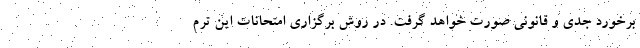
برخورد جدی و قانونی صورت خواهد گرفت. در روش برگزاری امتحانات این ترم